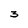
Character: 3